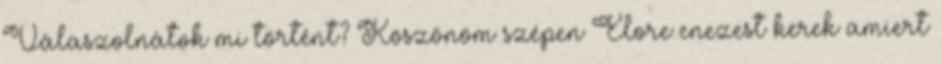
Válaszolnátok mi történt? Köszönöm szépen Elore enezest kerek amiert